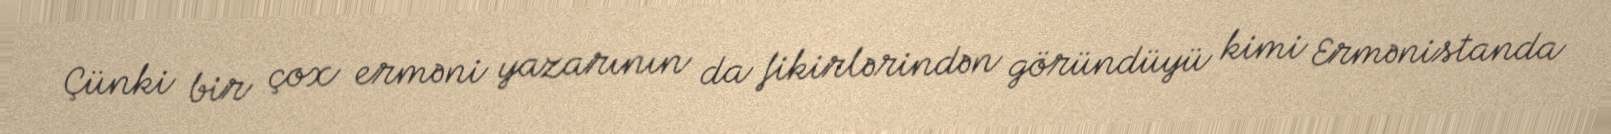
Çünki bir çox erməni yazarının da fikirlərindən göründüyü kimi Ermənistanda